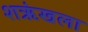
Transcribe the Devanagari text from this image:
शऋंखला